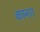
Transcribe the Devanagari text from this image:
कानरा